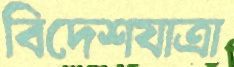
বিদেশযাত্রা